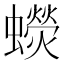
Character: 𧓌